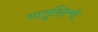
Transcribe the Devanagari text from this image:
धातुशिल्पी